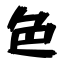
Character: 色